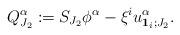
LaTeX: \begin{align*}Q^{\alpha}_{J_2}:=S_{J_2}\phi^{\alpha}-\xi^iu^{\alpha}_{\bold{1}_i;J_2}.\end{align*}